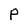
Character: P